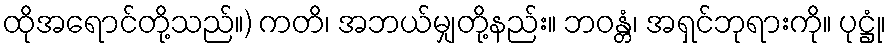
ထိုအရောင်တို့သည်။) ကတိ၊ အဘယ်မျှတို့နည်း။ ဘဝန္တံ၊ အရှင်ဘုရားကို။ ပုဋ္ဌုံ၊